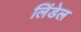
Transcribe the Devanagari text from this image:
लिंडेल